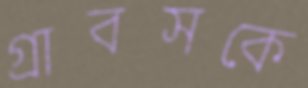
গ্রাবসকে